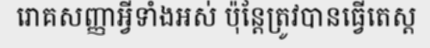
រោគសញ្ញាអ្វីទាំងអស់ ប៉ុន្តែត្រូវបានធ្វើតេស្ត